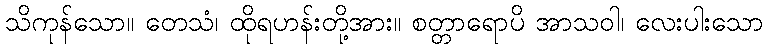
သိကုန်သော။ တေသံ၊ ထိုရဟန်းတို့အား။ စတ္တာရောပိ အာသဝါ၊ လေးပါးသော